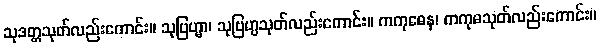
သုဒတ္တသုတ်လည်းကောင်း။ သုဗြဟ္မာ၊ သုဗြဟ္မသုတ်လည်းကောင်း။ ကကုဓေန၊ ကကုဓသုတ်လည်းကောင်း။